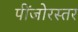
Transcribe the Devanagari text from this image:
पींजोरस्तर